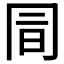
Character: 𠕙